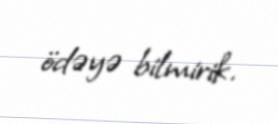
ödəyə bilmirik.